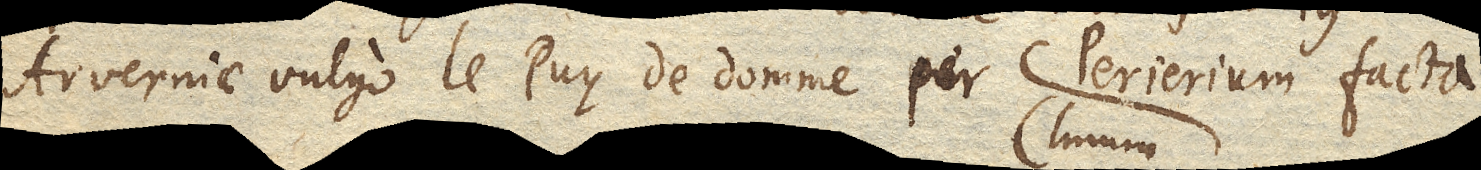
Arverniae vulgo le Puy de domme per Perierium facta